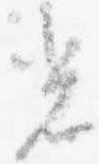
光